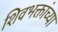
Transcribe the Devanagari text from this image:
शिवभक्तांच्या